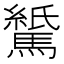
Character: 𫘖